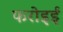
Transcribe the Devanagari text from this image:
फरोइई